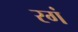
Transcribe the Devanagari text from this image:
रगं